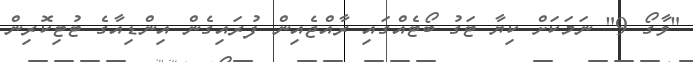
"ވާގޯ 9" ނަމަކަށް ކިޔާ ޓަގު ބޯޓެއްގައި ރާއްޖެއިން ފުރައިގެން އިންޑިއާގެ ޓުޓިކޮރިން